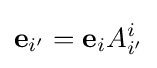
\mathbf {e} _{i'}=\mathbf {e} _{i}A_{i'}^{i}